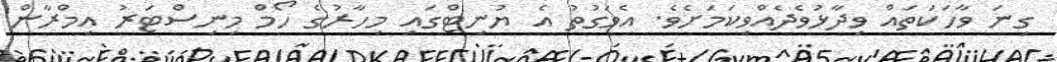
ގިނަ ވާހަކަތައް ވިދާޅުވެދެއްވިކަމަށެވެ. އެވަގުތު އެ ޔުނިޓްގައި މިހާރުގެ ހޯމް މިނިސްޓަރު އިމްރާން